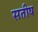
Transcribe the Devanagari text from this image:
सतीष